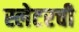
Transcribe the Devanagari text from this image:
स्लेटरची